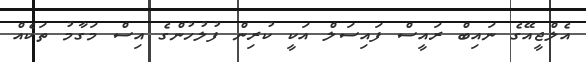
އެލްޖީއޭގެ ނައިބް ރައީސް ފައިސަލް އަކީ ކުރިން ފުލުހުންގެ އިސް މަގާމު ތަކެއް